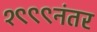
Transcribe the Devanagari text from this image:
१९९९नंतर